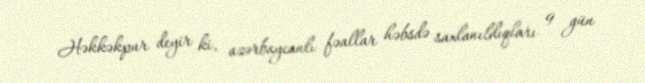
Həkkəkpur deyir ki, azərbaycanlı fəallar həbsdə saxlanıldıqları 9 gün